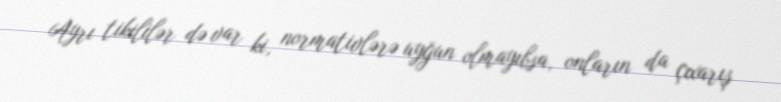
Ayrı tikililər də var ki, normativlərə uyğun olmayıbsa, onların da çıxarış